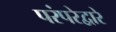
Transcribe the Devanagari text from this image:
परंपरेद्वारे